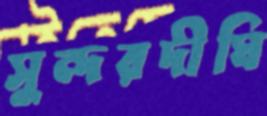
সুন্দরদীঘি